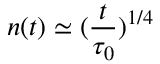
n ( t ) \simeq ( \frac { t } { \tau _ { 0 } } ) ^ { 1 / 4 }